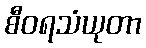
စီဝရသံယုတာ